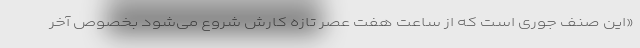
«این صنف جوری است که از ساعت هفت عصر تازه کارش شروع می‌شود بخصوص آخر